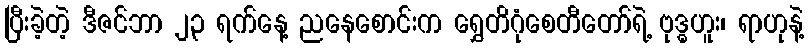
ပြီးခဲ့တဲ့ ဒီဇင်ဘာ ၂၃ ရက်နေ့ ညနေစောင်းက ရွှေတိဂုံစေတီတော်ရဲ့ ဗုဒ္ဓဟူး၊ ရာဟုနဲ့